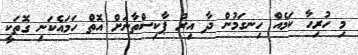
މި ހުރިހާ ކަމެއް ހިނގަމުން ދާ އިރު ޕާކިސްތާނަށް އޮތް ހަމައެކަނި ގޮތަކީ